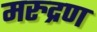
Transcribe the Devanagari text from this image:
मरुद्रण